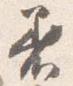
着